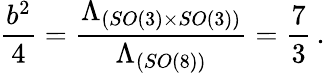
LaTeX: \frac{b^{2}}{4}=\frac{\Lambda_{(SO(3)\times SO(3))}}{\Lambda_{(SO(8))}}=\frac{7}{3}\, .